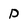
Character: D